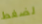
لضغط